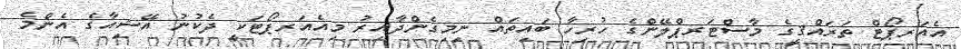
އެއަރޕޯޓް ތަރައްޤީގެ މާސްޓަރޕްލޭންގެ ހުރިހާ ބައިތައް ނިމިގެންދާއިރު މިއެއަރޕޯޓަކީ ދެކުނު އޭޝިއާގެ އެންމެ